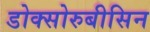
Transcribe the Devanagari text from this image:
डोक्सोरुबीसिन